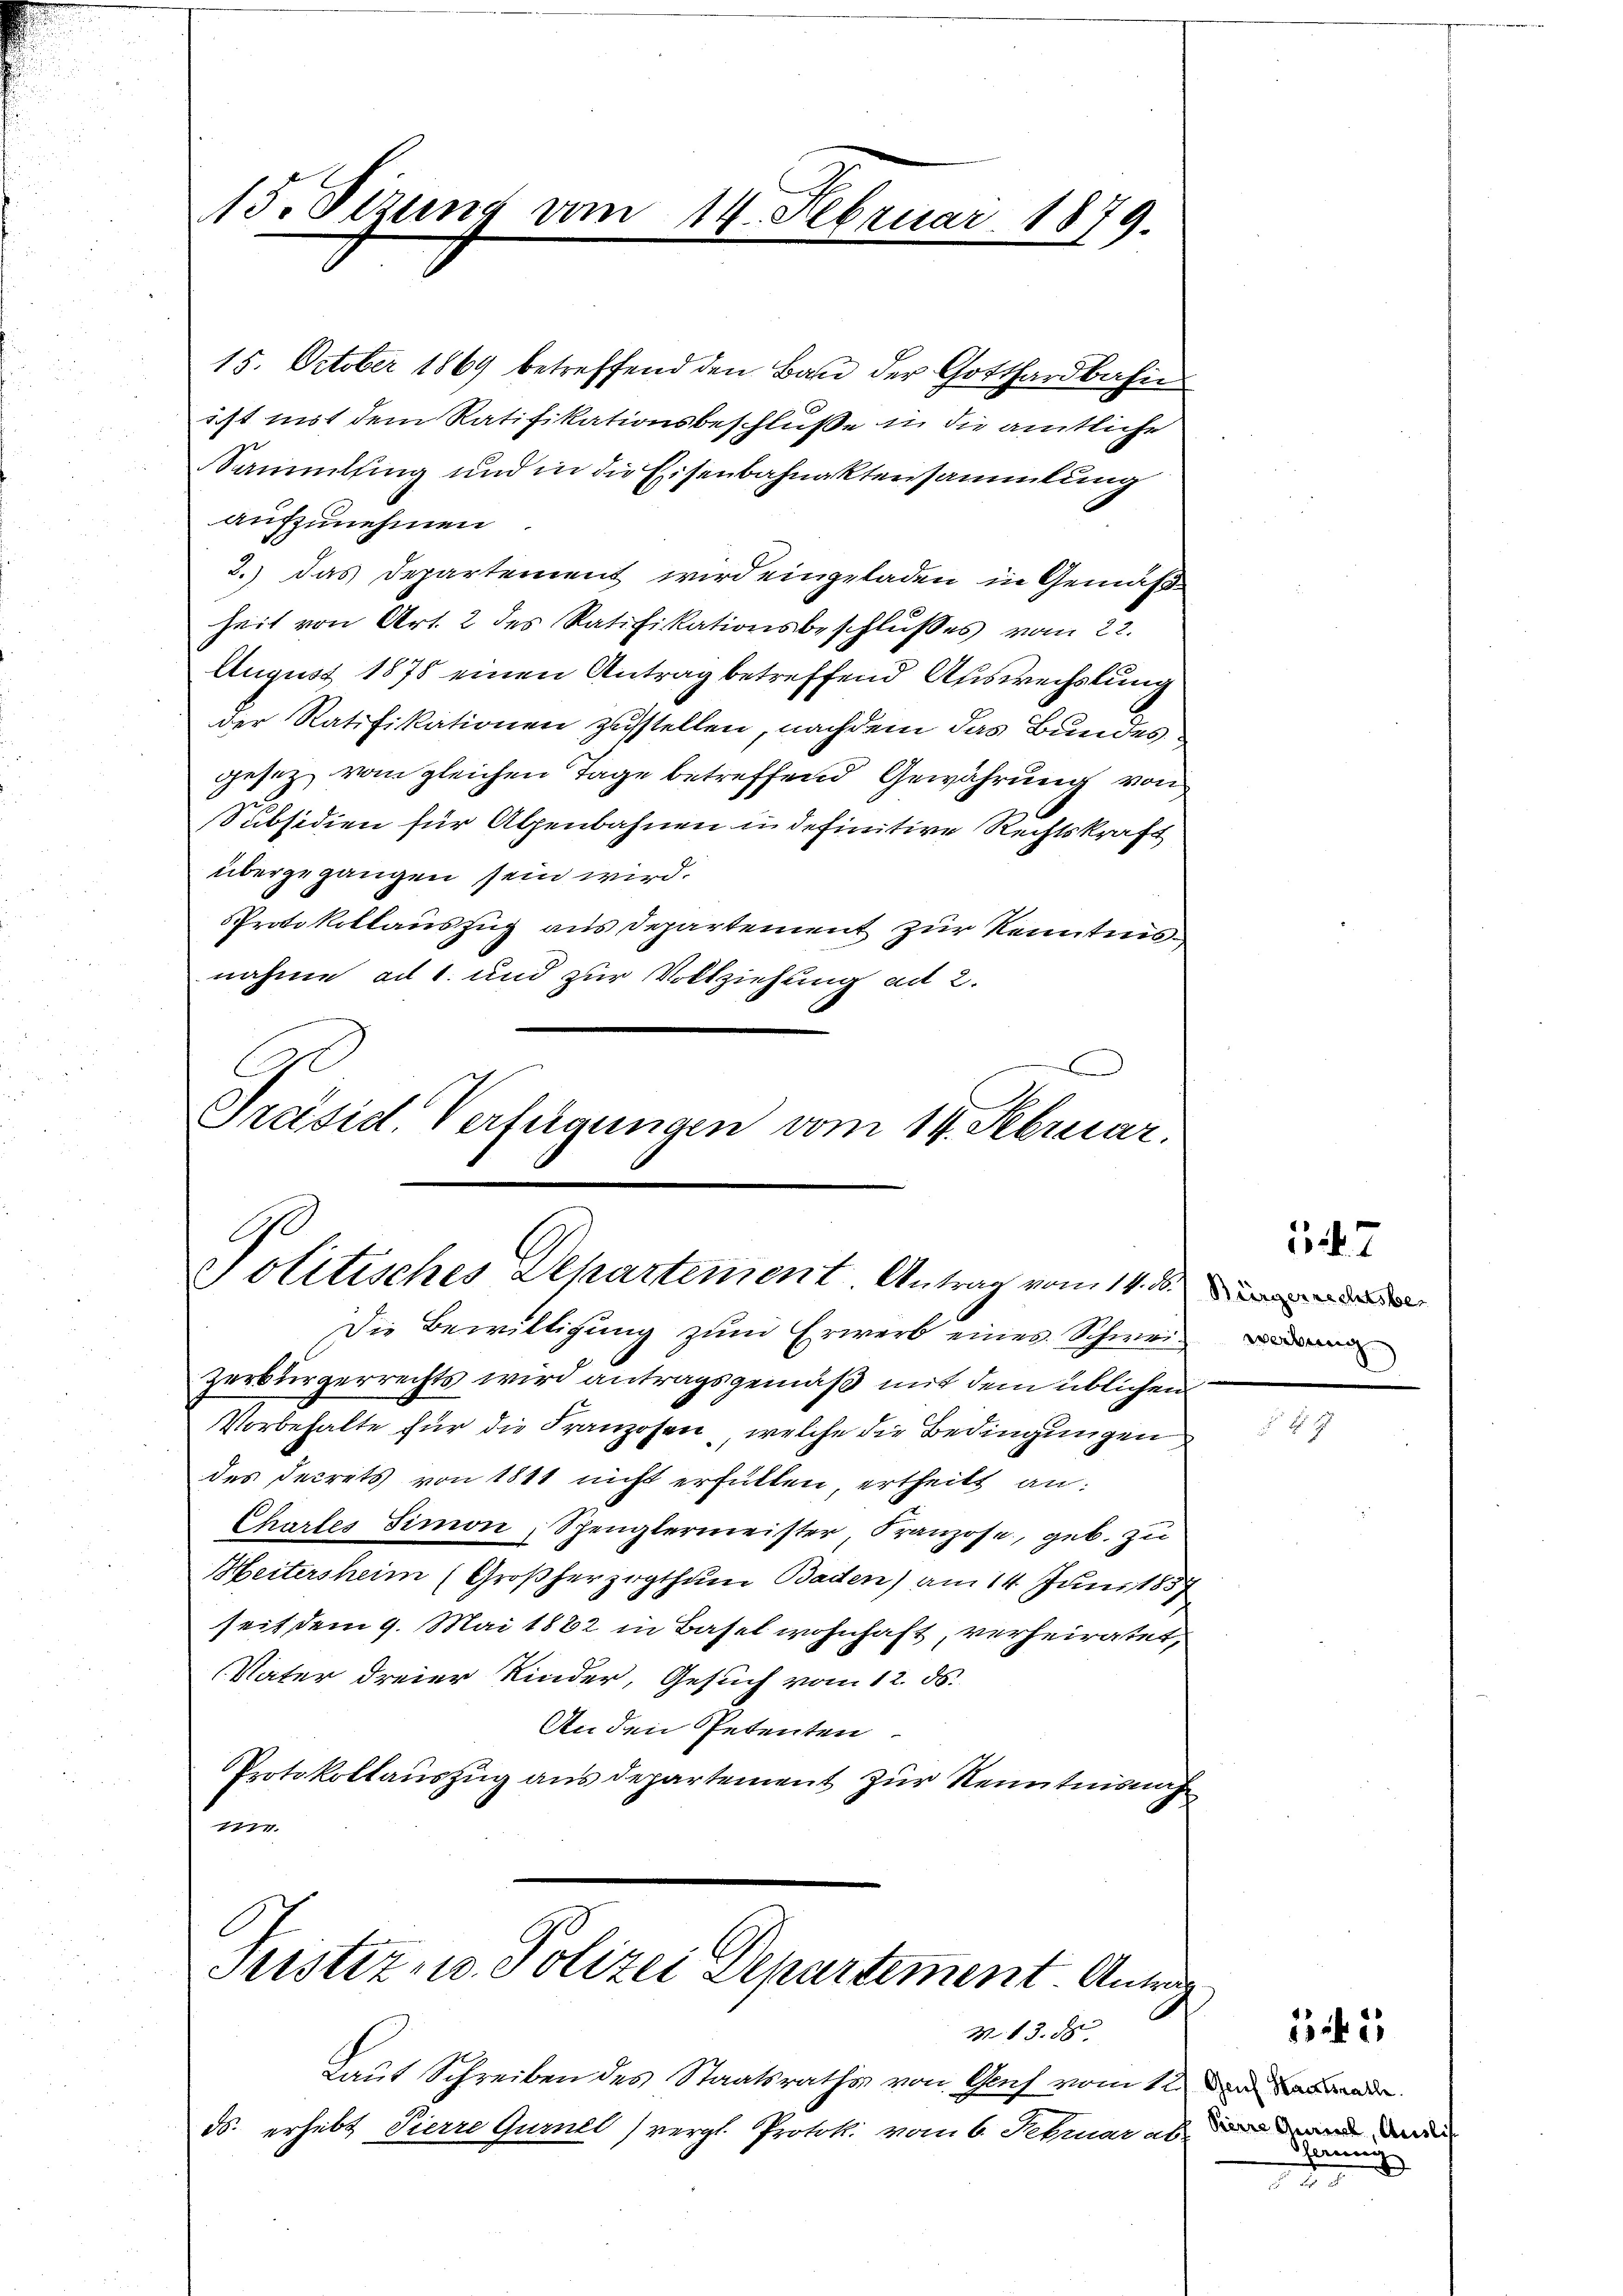
15. Sizung vom 14. Februar 1879.

15. October 1869 betreffend den Bau der Gotthardbahne
ist mit dem Ratifikationsbeschluße in die amtliche
Sammlung und in die Eisenbahnaktensammlung
aufzunehmen
2.) Das Departement wird eingeladen in Gemäßheit von Art. 2 des Ratifikationsbeschlußes vom 22.
August 1878 einen Antrag betreffend Auswechslung
der Ratifikationen zustellen, nachdem das Bundesgesetz vom gleichen Tage betreffend Gewährung von
Subsidien für Alpenbahnen in definitive Rechtskraft
übergegangen sein wird.
Protokollauszug aus Departement zur Kenntnis
nahme ad 1. und zur Vollziehung ad 2.
x
C
Praesid. Verfügungen vom 14. Februar.

Politisches Departement Antrag vom 14. d.
Die Bewilligung zum Erwerb eines Schwei¬

zerbürgerrechts wird antragsgemäß mit dem üblichen
Vorbehalte für die Franzosen, welche die Bedingungen
des Secrets von 1811 nicht erfüllen, ertheilt an:
Chartes Simon, Spenglermeister, Kranzose, geb. zu
Heitersheim (Großherzogthum Baden) am 14. Juni 1857
seit dem 9. Mai 1882 in Basel wohnhaft, verheiratet,
Vater dreier Kinder, Gesuch vom 12. ds.
An den Petenten.
PProtokollauszug aus departement zur Kenntnisnah
m

Tristiz- u. Polizei Departement. Antrag

M. 13. 85.
Laut Schreiben des Staatsraths von Graf vom 12.
ds. erhebt Pierre Gurnel) vergl. Protok. vom 6. Februar ab

47

) Genf Staatsrath
Pierre Gewerk, Anilis
Sferung
2

55